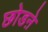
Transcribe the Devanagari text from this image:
छोडऩे